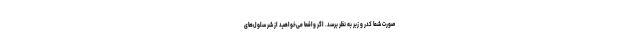
صورت شما کدر و زبر به نظر برسد. اگر واقعا می‌خواهید از شرّ سلول‌های